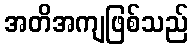
အတိအကျဖြစ်သည်